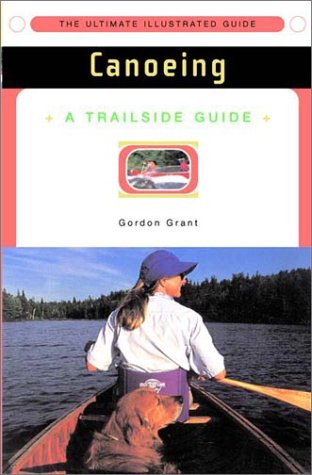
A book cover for A Trailside Guide: Canoeing (New Edition)  (Trailside Guides); Gordon Grant; Sports & Outdoors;